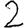
Digit: 2